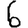
Digit: 6